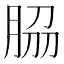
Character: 𦚰